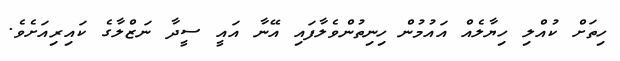
ހިތަށް ކުއްލި ހިޔާލެއް އައުމުން ހިނިތުންވެލާފައި އޭނާ އައީ ސީދާ ނަޒްލާގެ ކައިރިއަށެވެ.